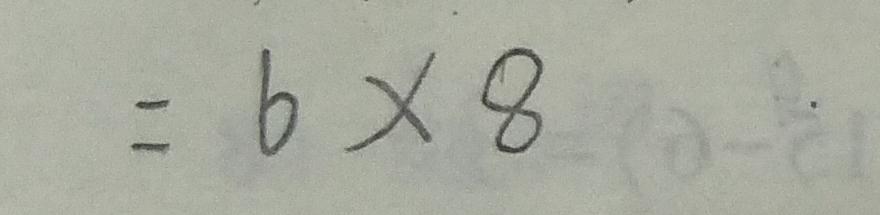
= 6 \times 8